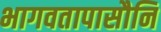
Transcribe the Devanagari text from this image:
भागवतापासौनि